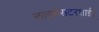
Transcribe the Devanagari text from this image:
लाइसेसटरशाईर्